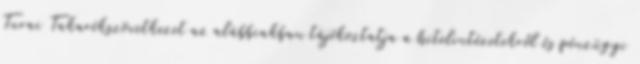
Turai Takarékszövetkezet az alábbiakban tájékoztatja a hitelintézetekről és pénzügyi